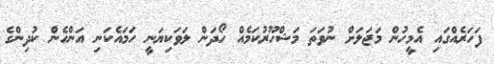
ފަހަރެއްގައި އެމީހުން މަޖަލަށް ނުވަތަ މަޝްހޫރުކަމެއް ހޯދަން ލަވަކިޔަނީ ހަމައެކަނި އަންހެން ކުދިންގެ